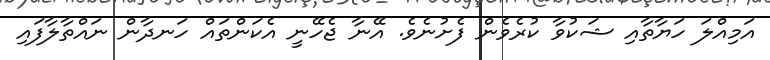
އަމިއްލަ ހަޔާތާއި ޝަކުވާ ކުރެވެން ފެށުނެވެ. އޭނާ ޖެހޭނީ އެކަންތައް ހަނދާން ނައްތާލާފައި